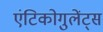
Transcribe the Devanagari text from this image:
एंटिकोगुलेंट्स